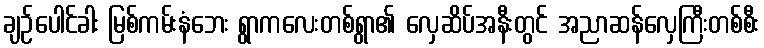
ချဉ်ပေါင်ခါး မြစ်ကမ်းနံဘေး ရွာကလေးတစ်ရွာ၏ လှေဆိပ်အနီးတွင် အညာဆန်လှေကြီးတစ်စီး